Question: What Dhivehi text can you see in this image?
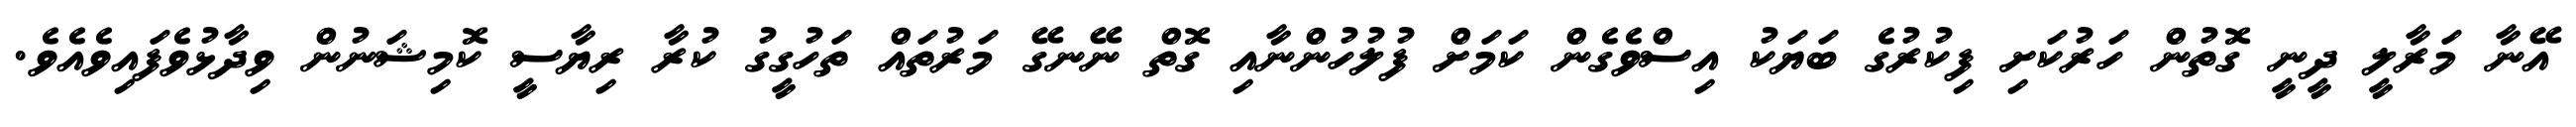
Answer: އޭނާ މަރާލީ ދީނީ ގޮތުން ހަރުކަށި ފިކުރުގެ ބަޔަކު އިސްވެގެން ކަމަށް ފުލުހުންނާއި ގޮތް ނޭނގޭ މަރުތައް ތަހުގީގު ކުރާ ރިޔާސީ ކޮމިޝަނުން ވިދާޅުވެފައިވެއެވެ.